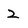
Character: 2